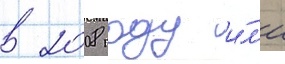
в 2008 году и́л'и